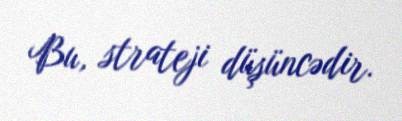
Bu, strateji düşüncədir.